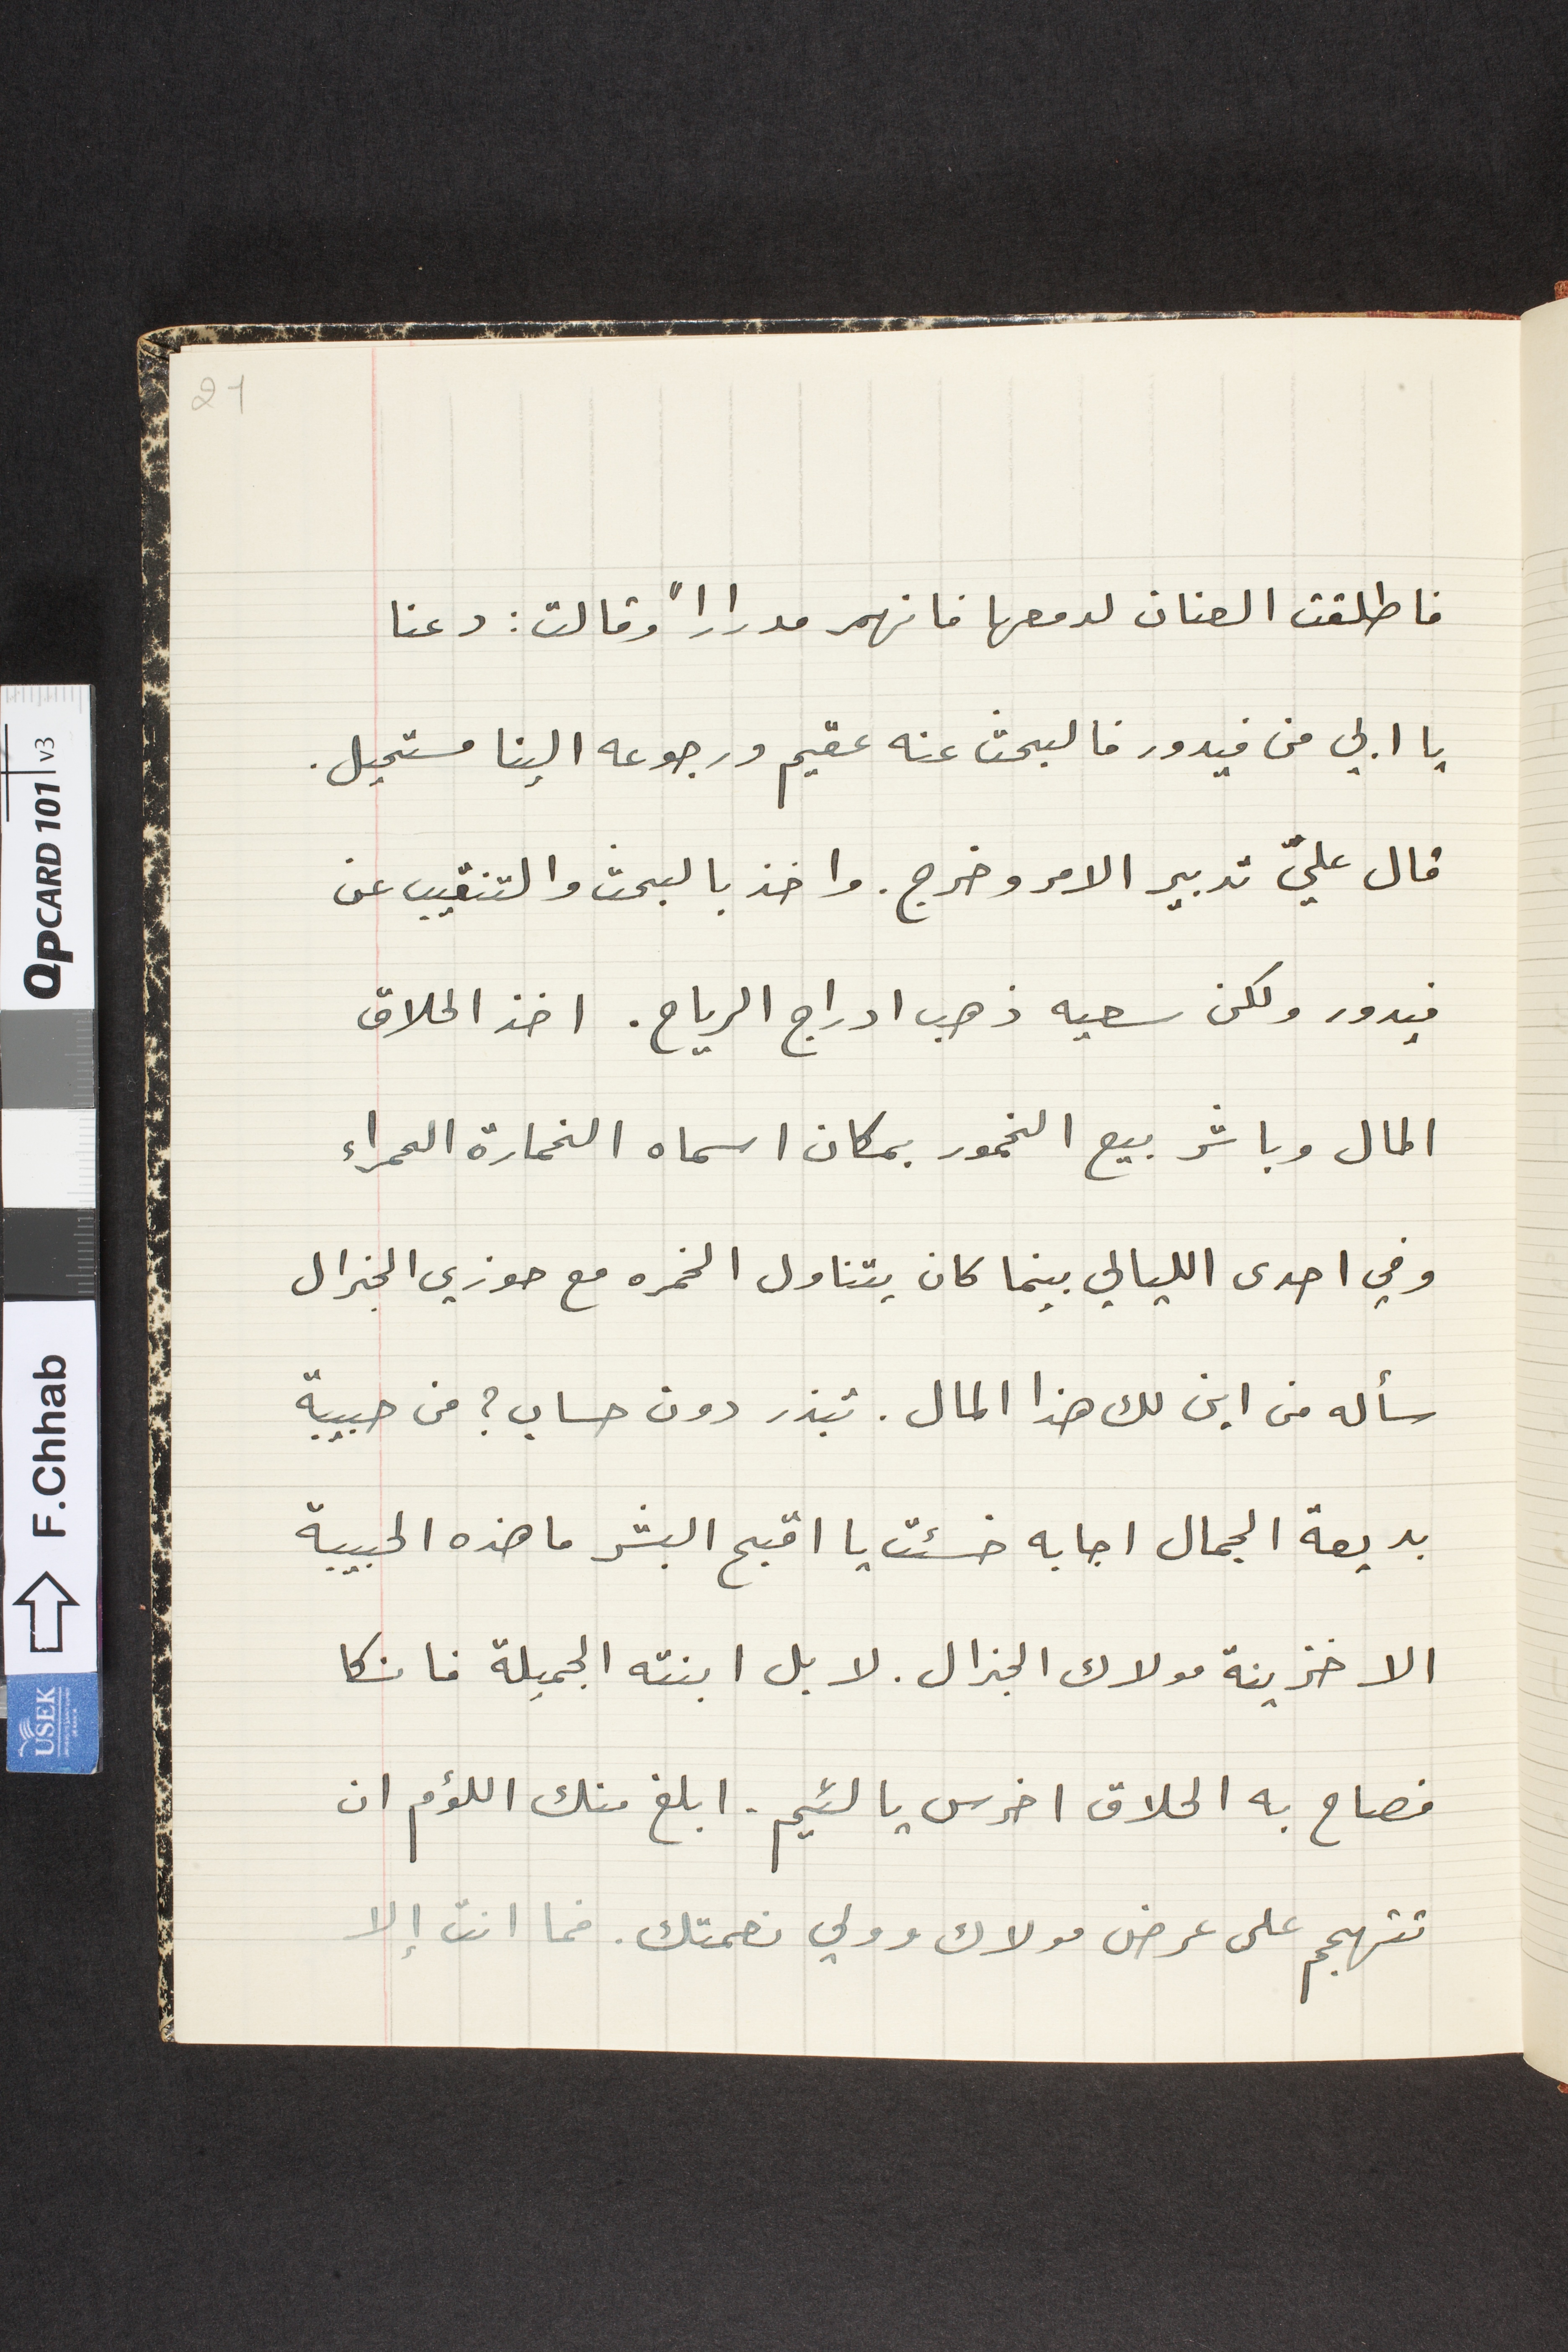
فاطلقت العنان لدمعها فانهمر مدراراً وقالت: دعنا
يا ابي من فيدور فالبحث عنه عقيم ورجوعه الينا مستحيل.
قال عليّ تدبير الامر وخرج. واخذ بالبحث والتنقيب عن
فيدور ولكن سعيه ذهب ادراج الرياح. اخذ الحلاق
المال وباشر بيع الخمور بمكان اسماه الخمارة الحمراء
وفي احدى الليالي بينما كان يتناول الخمره مع حوزي الجنرال
سأله من اين لك هذا المال. تبذر دون حساب؟ من حبيبة
بديعة الجمال اجابه خسئت يا اقبح البشر ما هذه الحبيبة
الا خزينة مولاك الجنرال. لا بل ابنته الجميلة فانكا
فصاح به الحلاق اخرس يا لئيم. ابلغ منك اللؤم ان
تتهجم على عرض مولاك وولي نعمتك. فما انت إلا